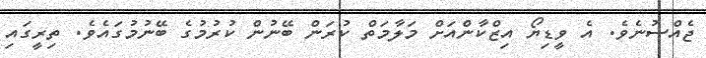
ޖެއްސުނެވެ. އެ ވީޑިޔޯ އިޒްކާންއަށް މަލާމަތް ކުރަން ބޭނުން ކުރުމުގެ ބޭނުމުގައެވެ. ތިރީގައި